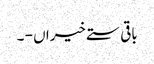
باقی ستے خیراں - ۔